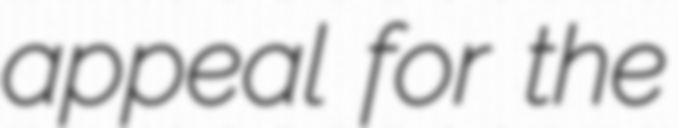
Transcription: appeal for the